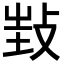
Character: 𢼟